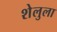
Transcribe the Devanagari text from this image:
शेलुला